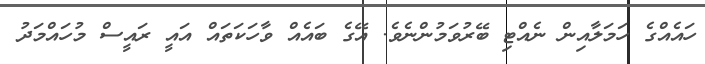
ހައެއްގެ ހަމަލާއިން ނެއްޓި ބޭރުވަމުންނެވެ. އޭގެ ބައެއް ވާހަކަތައް އައީ ރައީސް މުހައްމަދު